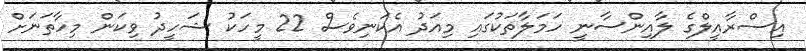
އިސްރާއީލްގެ ލާއިންސާނީ ހަމަލާތަކުގައި މިއަދު އެކަނިވެސް 22 މީހަކު ޝަހީދު ވިކަން މިހާތަނަށް